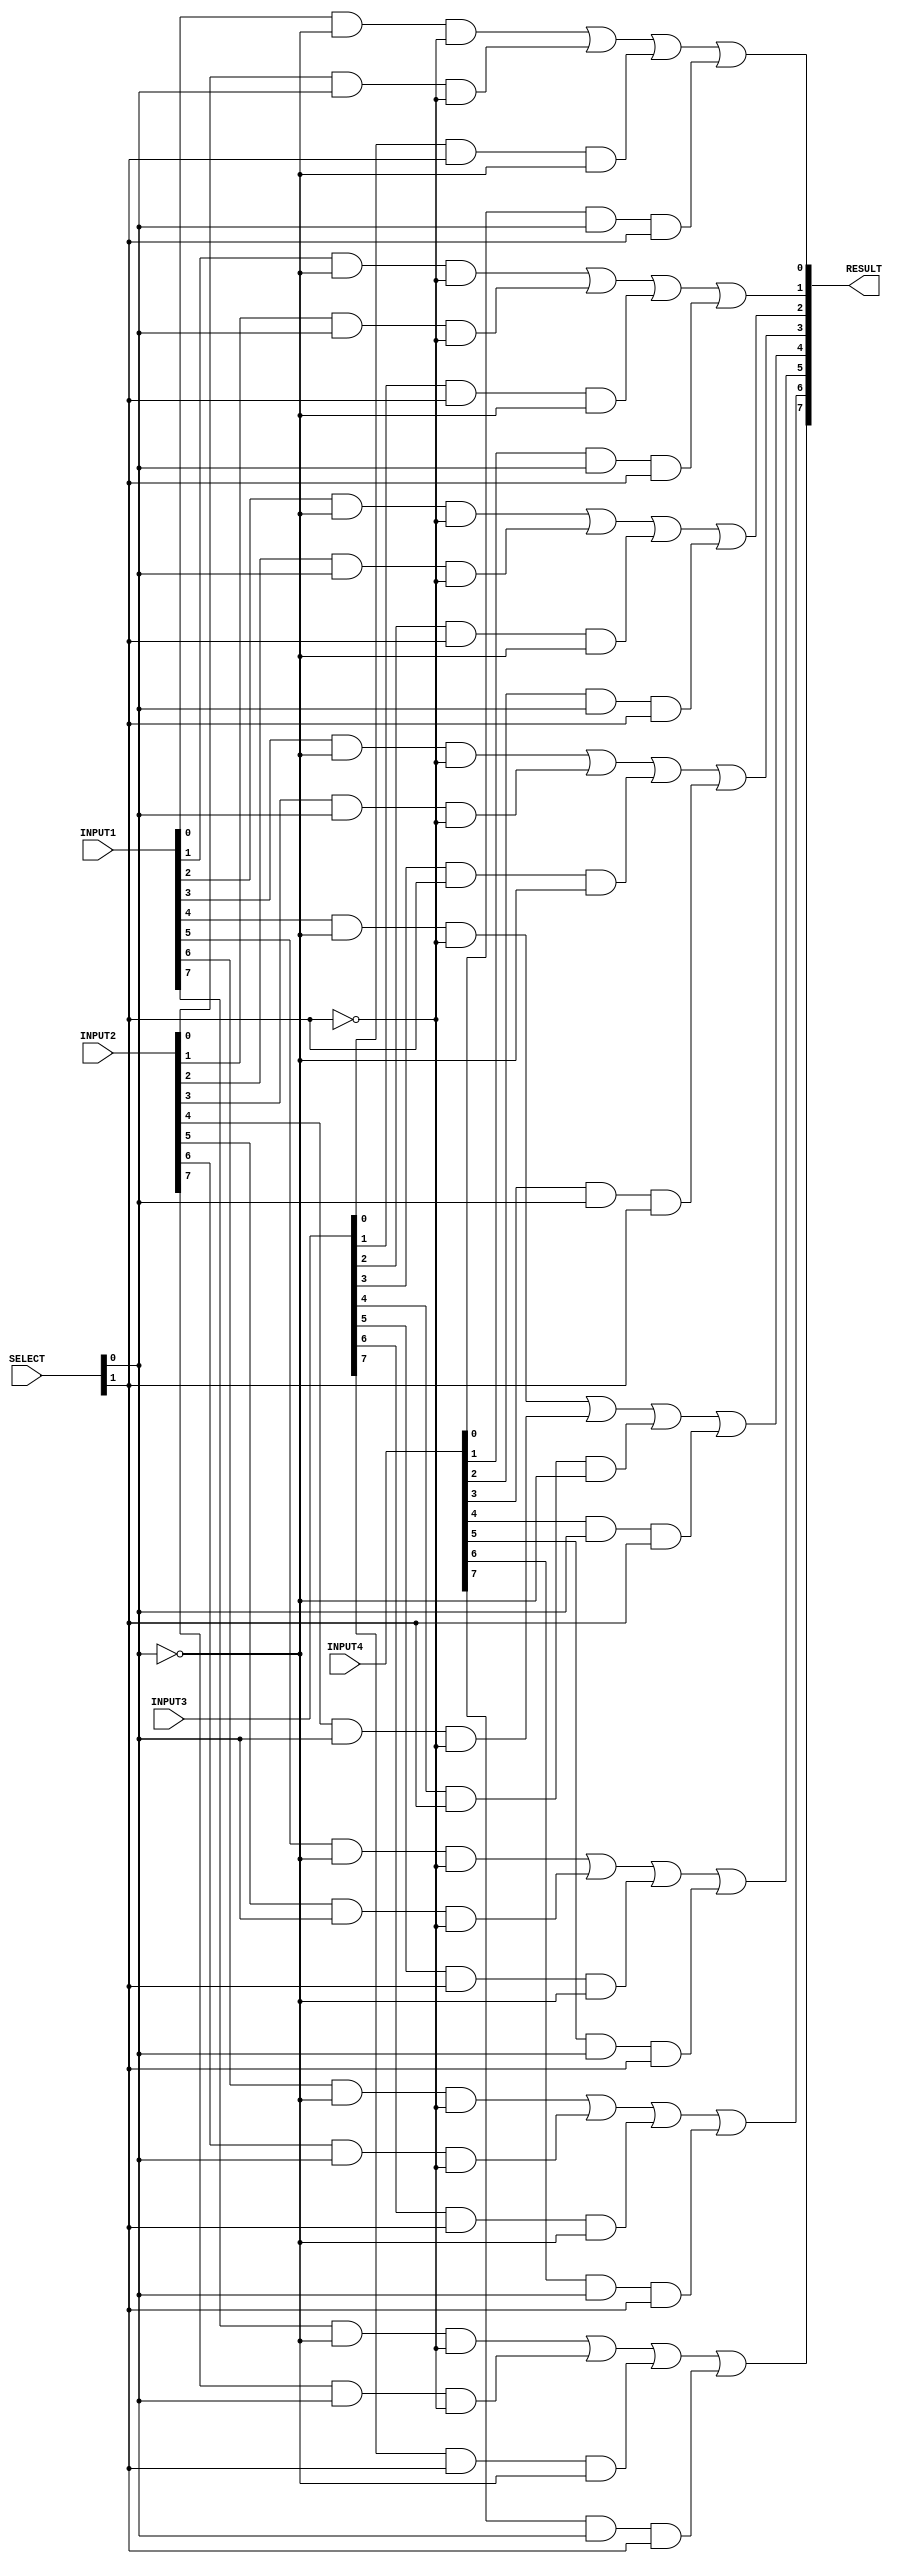
module mux_4to1_8bits(RESULT, INPUT1, INPUT2, INPUT3, INPUT4, SELECT);
 
	input [7:0]INPUT1, INPUT2, INPUT3, INPUT4;	// 8-bits inputs
	input [1:0] SELECT;				// 2-bits selection
	output [7:0]RESULT;				// 8-bits output

	// temporary wires
	wire NOT_SELECT1,NOT_SELECT2;
	wire [7:0] temInput1,temInput2,temInput3,temInput4;
	
	not n1(NOT_SELECT1,SELECT[0]);
	not n2(NOT_SELECT2,SELECT[1]);
	
	// 1st layer
	and a1(temInput1[0],INPUT1[0],NOT_SELECT1,NOT_SELECT2);	
	and a2(temInput2[0],INPUT2[0],SELECT[0],NOT_SELECT2);		
	and a3(temInput3[0],INPUT3[0],SELECT[1],NOT_SELECT1);		
	and a4(temInput4[0],INPUT4[0],SELECT[0],SELECT[1]);		
	
	or o1(RESULT[0],temInput1[0],temInput2[0],temInput3[0],temInput4[0]);
	
	// 2nd layer
	and a1(temInput1[1],INPUT1[1],NOT_SELECT1,NOT_SELECT2);	
	and a2(temInput2[1],INPUT2[1],SELECT[0],NOT_SELECT2);		
	and a3(temInput3[1],INPUT3[1],SELECT[1],NOT_SELECT1);		
	and a4(temInput4[1],INPUT4[1],SELECT[0],SELECT[1]);		
	
	or o1(RESULT[1],temInput1[1],temInput2[1],temInput3[1],temInput4[1]);
	
	// 3rd layer
	and a1(temInput1[2],INPUT1[2],NOT_SELECT1,NOT_SELECT2);	
	and a2(temInput2[2],INPUT2[2],SELECT[0],NOT_SELECT2);		
	and a3(temInput3[2],INPUT3[2],SELECT[1],NOT_SELECT1);		
	and a4(temInput4[2],INPUT4[2],SELECT[0],SELECT[1]);		
	
	or o1(RESULT[2],temInput1[2],temInput2[2],temInput3[2],temInput4[2]);
	
	// 4th layer
	and a1(temInput1[3],INPUT1[3],NOT_SELECT1,NOT_SELECT2);	
	and a2(temInput2[3],INPUT2[3],SELECT[0],NOT_SELECT2);		
	and a3(temInput3[3],INPUT3[3],SELECT[1],NOT_SELECT1);		
	and a4(temInput4[3],INPUT4[3],SELECT[0],SELECT[1]);		
	
	or o1(RESULT[3],temInput1[3],temInput2[3],temInput3[3],temInput4[3]);
	
	// 5th layer
	and a1(temInput1[4],INPUT1[4],NOT_SELECT1,NOT_SELECT2);	
	and a2(temInput2[4],INPUT2[4],SELECT[0],NOT_SELECT2);		
	and a3(temInput3[4],INPUT3[4],SELECT[1],NOT_SELECT1);		
	and a4(temInput4[4],INPUT4[4],SELECT[0],SELECT[1]);		
	
	or o1(RESULT[4],temInput1[4],temInput2[4],temInput3[4],temInput4[4]);
	
	// 6th layer
	and a1(temInput1[5],INPUT1[5],NOT_SELECT1,NOT_SELECT2);	
	and a2(temInput2[5],INPUT2[5],SELECT[0],NOT_SELECT2);		
	and a3(temInput3[5],INPUT3[5],SELECT[1],NOT_SELECT1);		
	and a4(temInput4[5],INPUT4[5],SELECT[0],SELECT[1]);		
	
	or o1(RESULT[5],temInput1[5],temInput2[5],temInput3[5],temInput4[5]);
	
	// 7th layer
	and a1(temInput1[6],INPUT1[6],NOT_SELECT1,NOT_SELECT2);	
	and a2(temInput2[6],INPUT2[6],SELECT[0],NOT_SELECT2);		
	and a3(temInput3[6],INPUT3[6],SELECT[1],NOT_SELECT1);		
	and a4(temInput4[6],INPUT4[6],SELECT[0],SELECT[1]);		
	
	or o1(RESULT[6],temInput1[6],temInput2[6],temInput3[6],temInput4[6]);
	
	// 8th layer
	and a1(temInput1[7],INPUT1[7],NOT_SELECT1,NOT_SELECT2);	
	and a2(temInput2[7],INPUT2[7],SELECT[0],NOT_SELECT2);		
	and a3(temInput3[7],INPUT3[7],SELECT[1],NOT_SELECT1);		
	and a4(temInput4[7],INPUT4[7],SELECT[0],SELECT[1]);		
	
	or o1(RESULT[7],temInput1[7],temInput2[7],temInput3[7],temInput4[7]);
	
 
 
 endmodule